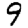
Digit: 9